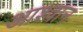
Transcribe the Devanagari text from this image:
आश्वान